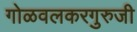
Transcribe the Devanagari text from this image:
गोळवलकरगुरुजी